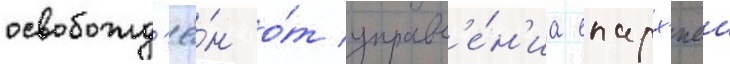
освобожд'ё́н о́т управл'е́н'иа епарх'иеи